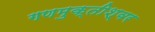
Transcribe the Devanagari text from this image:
गणमुक्तीश्वर